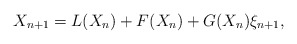
\begin{align*}X_{n+1} = L(X_n) + F(X_n) + G(X_n)\xi_{n+1},\end{align*}